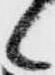
候